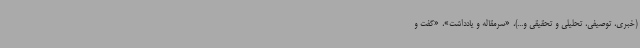
(خبری، توصیفی، تحلیلی و تحقیقی و...)، «سرمقاله و یادداشت»، «گفت و